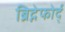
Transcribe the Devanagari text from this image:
ब्रिद्गेफोर्द्